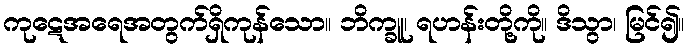
ကုဋေအရေအတွက်ရှိကုန်သော။ ဘိက္ခူ၊ ရဟန်းတို့ကို။ ဒိသွာ၊ မြင်၍။